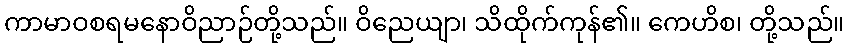
ကာမာဝစရမနောဝိညာဉ်တို့သည်။ ဝိညေယျာ၊ သိထိုက်ကုန်၏။ ကေဟိစ၊ တို့သည်။